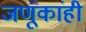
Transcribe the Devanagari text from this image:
जणूकांही